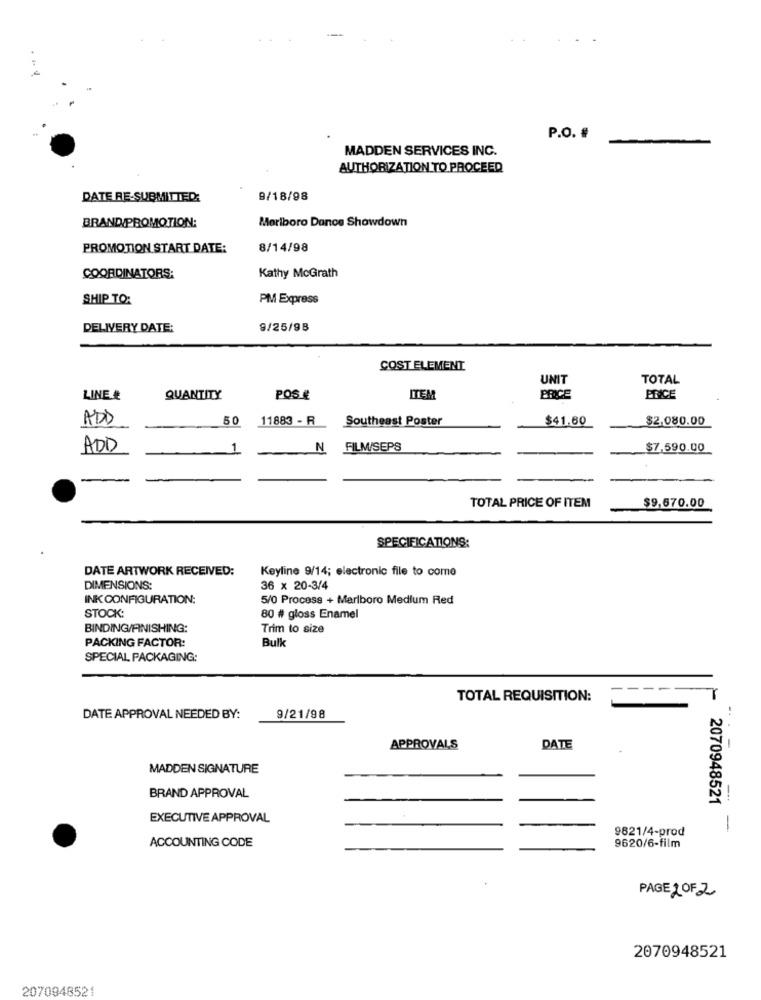
P.O. #
MADDEN SERVICES INC.
AUTHORIZATION TO PROCEED
DATE RE-SUBMITTED:
9/18/98
BRAND PROMOTION:
Marlboro Dance Showdown
PROMOTION START DATE:
8/14/98
COORDINATORS:
Kathy McGrath
SHIP TO:
PM Express
DELIVERY DATE:
9/25/98
COST ELEMENT
UNIT
TOTAL
LINE #
QUANTITY
POS €
ITEM
BRICE
ENCE
ADD
50
11883 - R
Southeast Poster
$41.60
$2.080.00
ADD
N
FILM/SEPS
$7,590.00
-
$9,670.00
TOTAL PRICE OF ITEM
SPECIFICATIONS:
DATE ARTWORK RECEIVED:
Keyline 9/14; electronic file to come
DIMENSIONS:
36 × 20-3/4
INK CONFIGURATION:
5/0 Process + Marlboro Medium Red
STOCK:
80 # gloss Enamel
BINDING/FINISHING:
Trim to size
PACKING FACTOR:
Bulk
SPECIAL PACKAGING:
TOTAL REQUISITION:
DATE APPROVAL NEEDED BY:
9/21/98
APPROVALS
DATE
-
MADDEN SIGNATURE
BRAND APPROVAL
2070948521
EXECUTIVE APPROVAL
9621/4-prod
-
ACCOUNTING CODE
9620/6-film
PAGE 2 OF 2
2070948521
2070948521